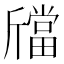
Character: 𣃉